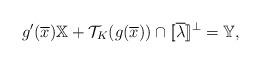
LaTeX: \begin{align*} g'(\overline{x})\mathbb{X}+\mathcal{T}_{K}(g(\overline{x}))\cap[\![\overline{\lambda}]\!]^{\perp} =\mathbb{Y}, \end{align*}